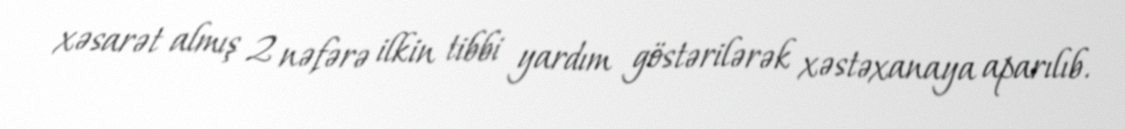
xəsarət almış 2 nəfərə ilkin tibbi yardım göstərilərək xəstəxanaya aparılıb.